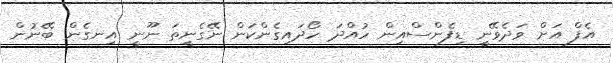
އެފް އަށް ވަދެވޭނީ ޑިފެންސްއިން ހުއްދަ ހޯދައިގެންކަން ނޭގެނީތަ ނޫނީ އިނގެން ބޭނުން